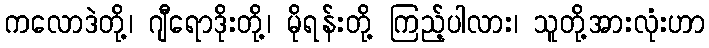
ကလောဒဲတို့၊ ဂျီရောဒိုးတို့၊ မိုရန်းတို့ ကြည့်ပါလား၊ သူတို့အားလုံးဟာ